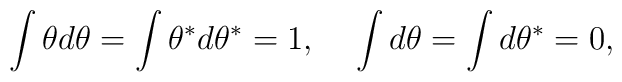
\int \theta d \theta = \int \theta^{\ast} d \theta^{\ast} = 1,~~~\int d \theta = \int d \theta ^{\ast} = 0,